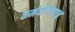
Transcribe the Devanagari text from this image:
कर्मयोगाचाच